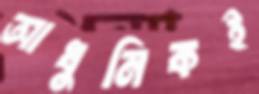
আধুনিকই